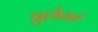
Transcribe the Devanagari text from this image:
पुलैयर